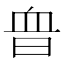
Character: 𧖮